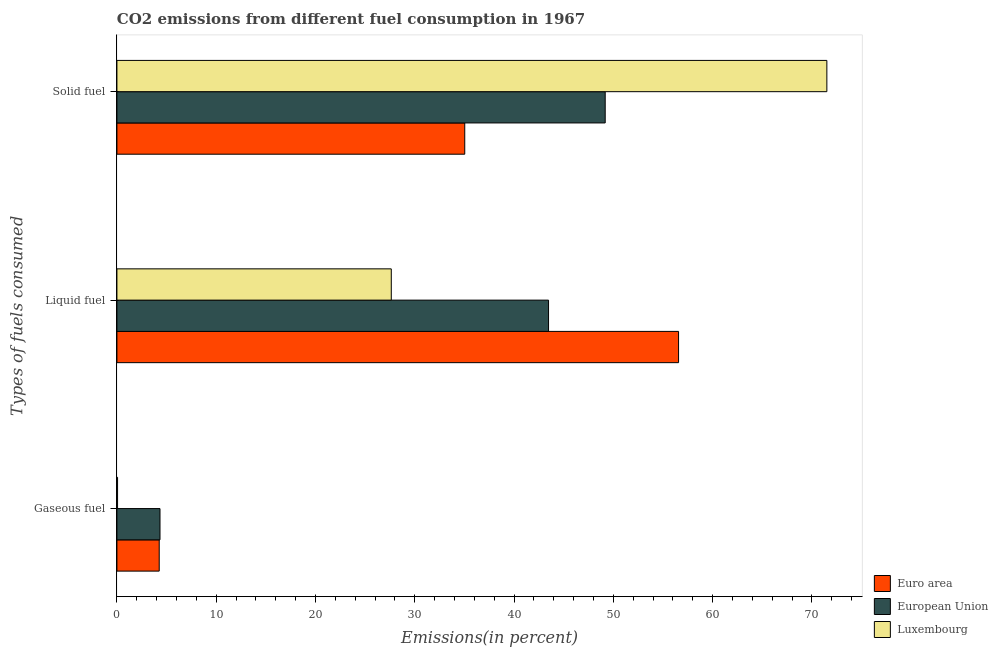
| Types of fuels consumed | Euro area | European Union | Luxembourg |
 | --- | --- | --- | --- |
 | Gaseous fuel | 4.26 | 4.34 | 0.0646 |
 | Liquid fuel | 56.6 | 43.5 | 27.6 |
 | Solid fuel | 35 | 49.2 | 71.5 |